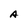
Character: A